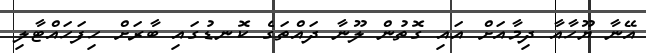
އޭނާ ޔޫހާއާ ދިމާއަށް އައި ގޮތުން ލޫނާ ދައްތަގެ ކޮނޑުގައި ބާރަށް ހިފަހައްޓާލި